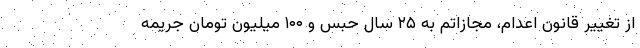
از تغییر قانون اعدام، مجازاتم به ۲۵ سال حبس و ۱۰۰ میلیون تومان جریمه